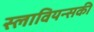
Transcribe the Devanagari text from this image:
स्लावियन्सकी